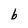
Character: b